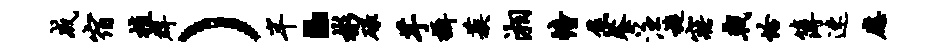
成宿植群）半·彬碌芋摄蔟湘幢焦餐注旋寤戟恰簿速应